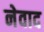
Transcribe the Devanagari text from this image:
नेवाद